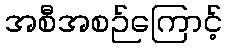
အစီအစဉ်ကြောင့်